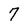
Character: 7